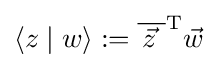
\langle z\mid w\rangle :={\overline {\,{\vec {z}}\,\,}}^{\operatorname {T} }{\vec {w}}